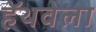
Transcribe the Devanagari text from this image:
हॅथवेला